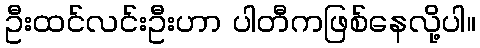
ဦးထင်လင်းဦးဟာ ပါတီကဖြစ်နေလို့ပါ။